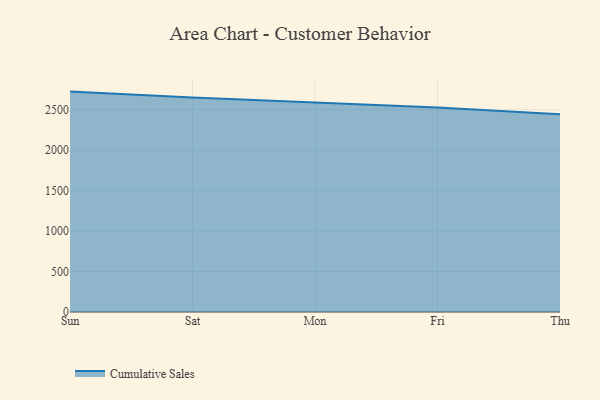
{"axis": {"x": "Day", "y": "Net Income (USD K)"}, "legend": ["Cumulative Sales"], "data": [{"x": "Sun", "y": 2723.3, "type": "Cumulative Sales"}, {"x": "Sat", "y": 2649.6, "type": "Cumulative Sales"}, {"x": "Mon", "y": 2589.2, "type": "Cumulative Sales"}, {"x": "Fri", "y": 2525.7, "type": "Cumulative Sales"}, {"x": "Thu", "y": 2443.9, "type": "Cumulative Sales"}]}